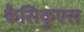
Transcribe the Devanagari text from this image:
कैसिकुएस